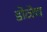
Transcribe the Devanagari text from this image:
डोळेच